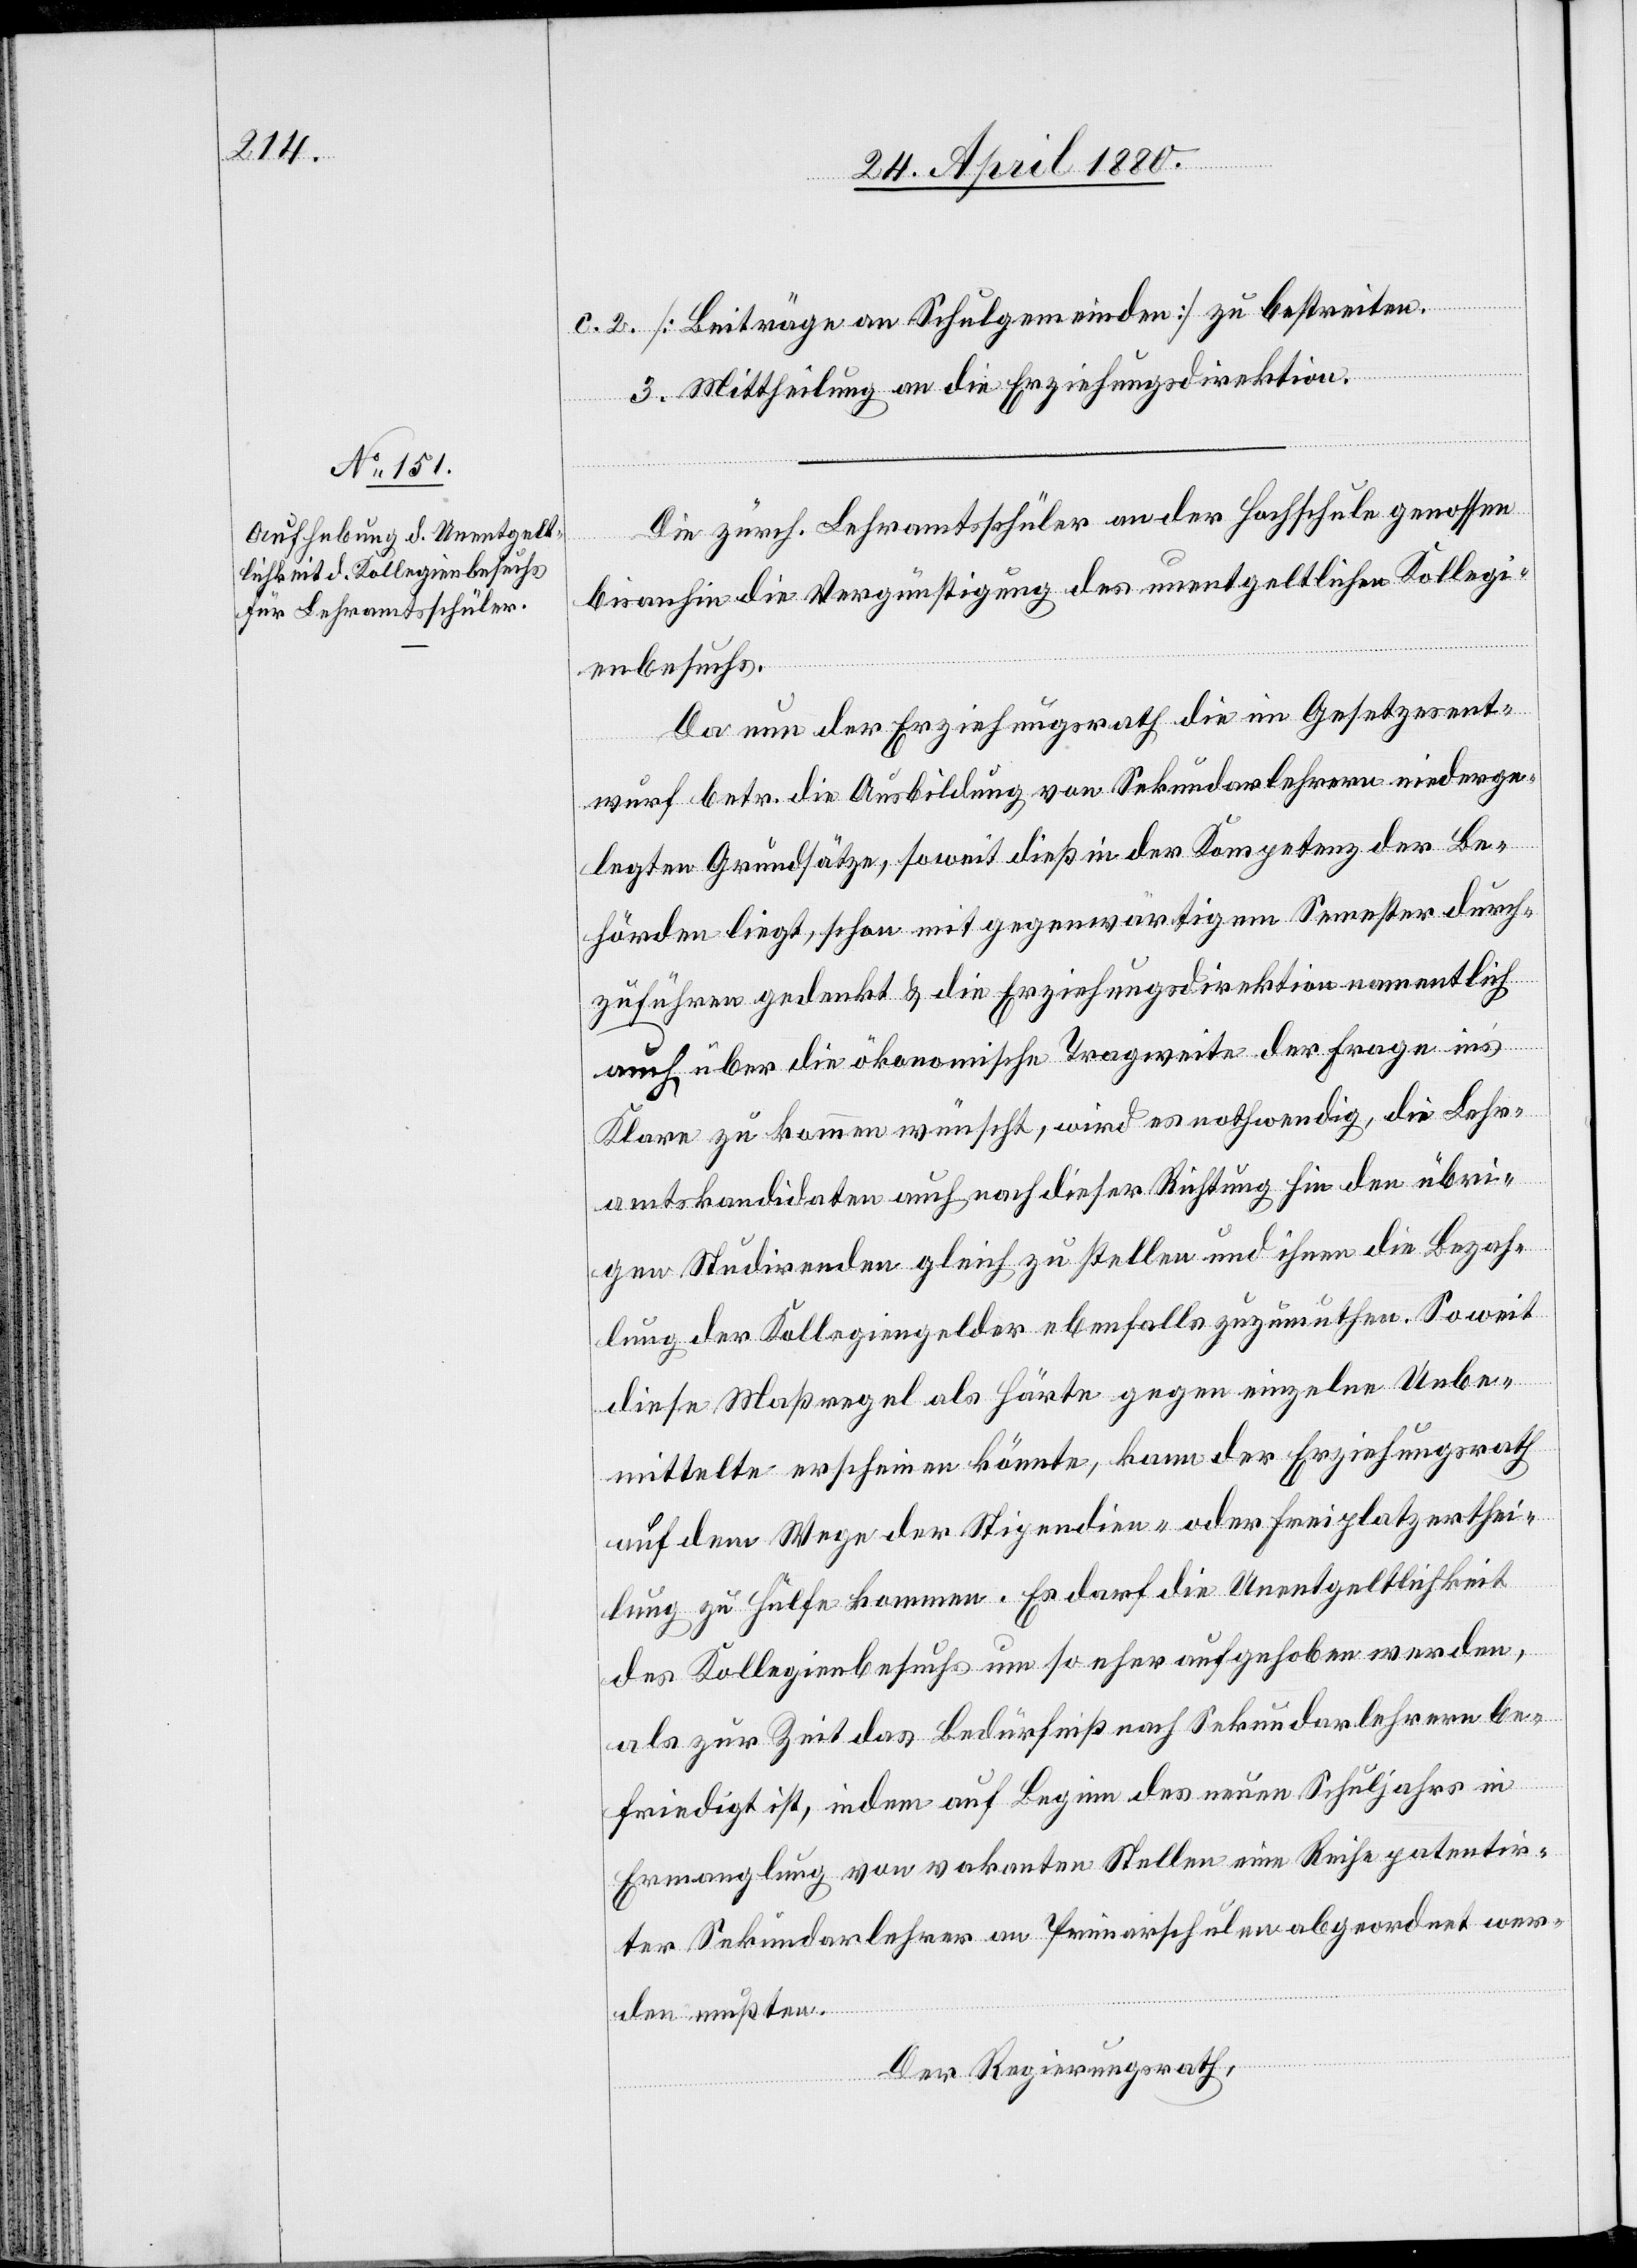
c. 2. [Beiträge an Schulgemeinden] zu bestreiten.
3. Mittheilung an die Erziehungsdirektion.
Die zürch. Lehramtsschüler an der Hochschule genossen
bisanhin die Vergünstigung des unentgeltlichen Kollegi¬
enbesuchs.
Da nun der Erziehungsath die im Gesetzesent¬
wurf betr. die Ausbildung von Sekundarlehrern niederge¬
legten Grundsätze, soweit dieß in der Kompetenz der Be¬
hörden liegt, schon mit gegenwärtigem Semester durch¬
zuführen gedenkt & die Erziehungsdirektion namentlich
auch über die ökonomische Tragweite der Frage ins
Klare zu kommen wünscht, wird es nothwendig, die Lehr¬
amtskandidaten auch nach dieser Richtung hin den übri¬
gen Studirenden gleich zu stellen und ihnen die Bezah¬
lung der Kollegiengelder ebenfalls zuzumuthen. So weit
diese Maßregel als Härte gegen einzelne Unbe¬
mittelte erscheinen könnte, kann der Erziehungsrath
auf dem Wege der Stipendien- oder Freiplatzerthei¬
lung zu Hülfe kommen. Es darf die Unentgeltlichkeit
des Kollegienbesuchs um so eher aufgehoben werden,
als zur Zeit das Bedürfniß nach Sekundarlehrern be¬
friedigt ist, indem auf Beginn des neuen Schuljahrs in
Ermanglung von vakanten Stellen eine Reihe patentir¬
ter Sekundarlehrer an Primarschulen abgeordnet wer¬
den mußten.
Der Regierungsrath,